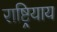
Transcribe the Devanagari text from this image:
राष्ट्रियाय